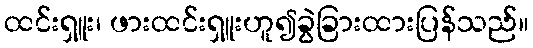
ထင်းရှူး၊ ဖားထင်းရှူးဟူ၍ခွဲခြားထားပြန်သည်။